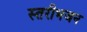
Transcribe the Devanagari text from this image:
स्तरीभजन